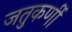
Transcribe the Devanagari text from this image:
जतुकर्णी